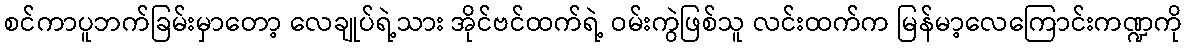
စင်ကာပူဘက်ခြမ်းမှာတော့ လေချုပ်ရဲ့သား အိုင်ဗင်ထက်ရဲ့ ဝမ်းကွဲဖြစ်သူ လင်းထက်က မြန်မာ့လေကြောင်းကဏ္ဍကို